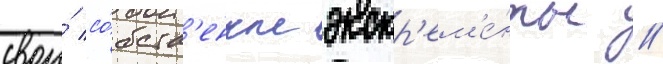
свои́ со́бств'енные экскр'ем'е́нты //